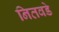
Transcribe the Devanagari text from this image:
नितवडे